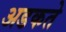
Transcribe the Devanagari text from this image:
अडकते